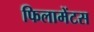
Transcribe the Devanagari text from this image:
फिलामेंटस